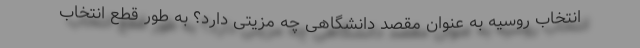
انتخاب روسیه به عنوان مقصد دانشگاهی چه مزیتی دارد؟ به طور قطع انتخاب